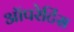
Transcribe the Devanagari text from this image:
ऑपरेटिंस